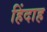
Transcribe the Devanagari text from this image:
हिंदाह